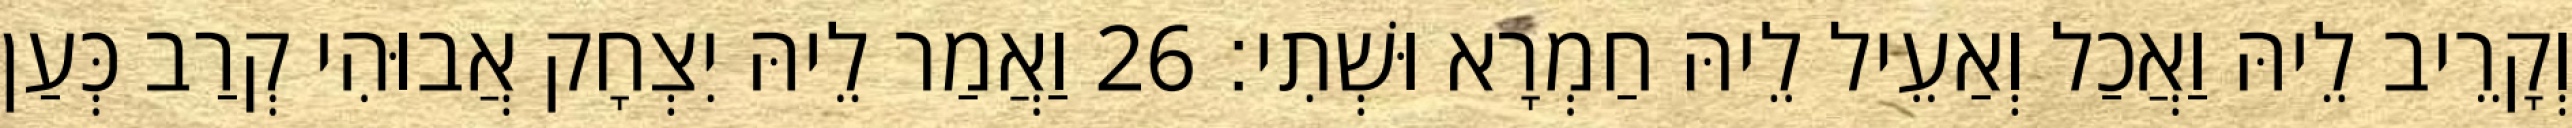
וְקָרֵיב לֵיהּ וַאֲכַל וְאַעֵיל לֵיהּ חַמְרָא וּשְׁתִי׃ 26 וַאֲמַר לֵיהּ יִצְחָק אֲבוּהִי קְרַב כְּעַן